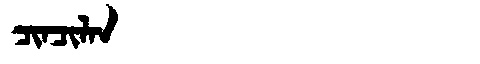
Manchu: ᠴᡳᠨᠴᡳᠯᠠᠨ
Romanization: CINCILAN